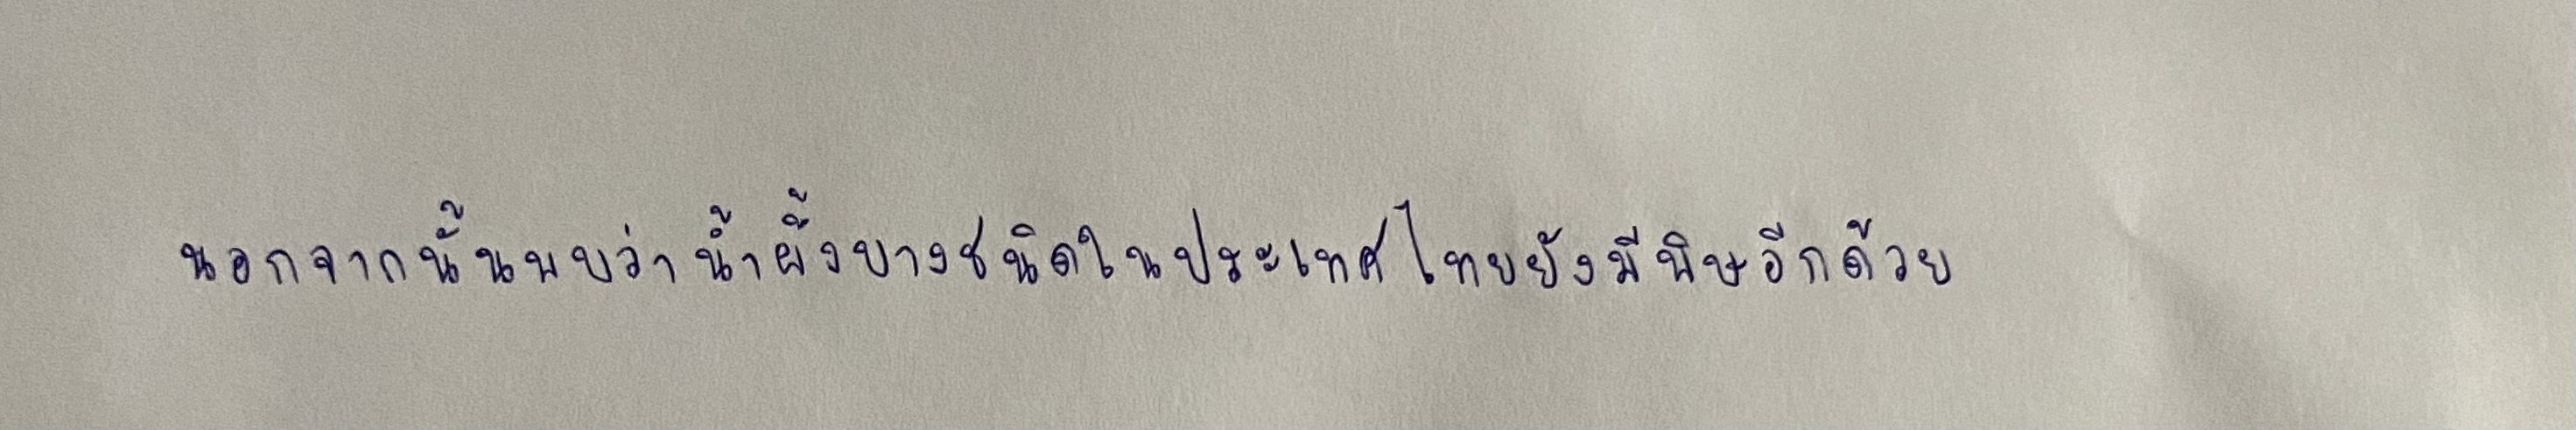
นอกจากนั้นพบว่าน้ำผึ้งบางชนิดในประเทศไทยยังมีพิษอีกด้วย